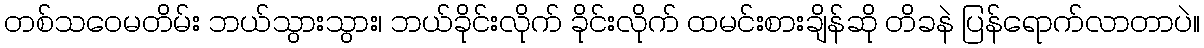
တစ်သဝေမတိမ်း ဘယ်သွားသွား၊ ဘယ်ခိုင်းလိုက် ခိုင်းလိုက် ထမင်းစားချိန်ဆို တိခနဲ ပြန်ရောက်လာတာပဲ။